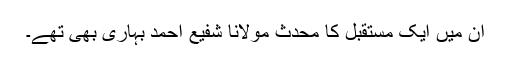
ان میں ایک مستقبل کا محدث مولانا شفیع احمد بہاری بھی تھے۔